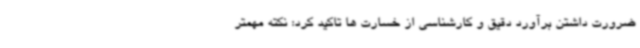
ضرورت داشتن برآورد دقیق و کارشناسی از خسارت ها تاکید کرد: نکته مهمتر